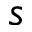
s